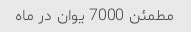
مطمئن 7000 یوان در ماه